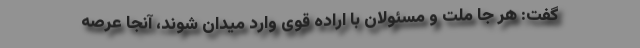
گفت: هر جا ملت و مسئولان با اراده قوی وارد میدان شوند، آنجا عرصه